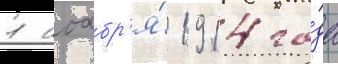
1 ноабр'я́ 1914 го́да